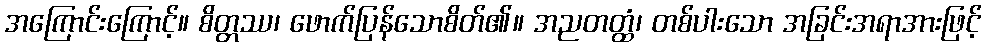
အကြောင်းကြောင့်။ စိတ္တဿ၊ ဖောက်ပြန်သောစိတ်၏။ အညတတ္ထံ၊ တစ်ပါးသော အခြင်းအရာအားဖြင့်